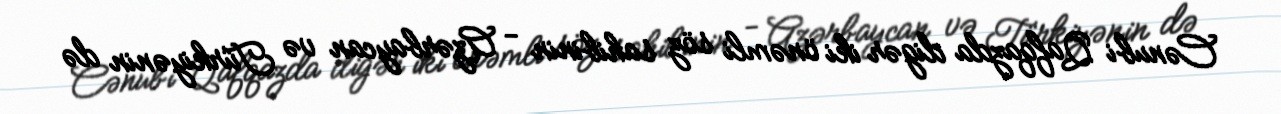
Cənubi Qafqazda digər iki önəmli söz sahibinin - Azərbaycan və Türkiyənin də